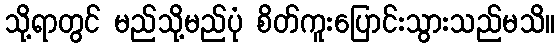
သို့ရာတွင် မည်သို့မည်ပုံ စိတ်ကူးပြောင်းသွားသည်မသိ။